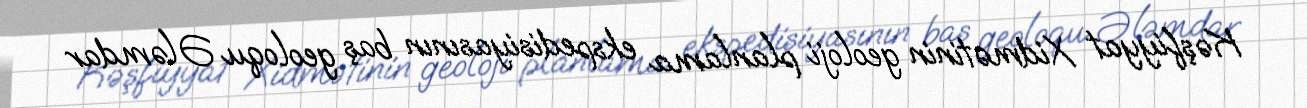
Kəşfiyyat Xidmətinin geoloji planlama ekspedisiyasının baş geoloqu Ələmdar